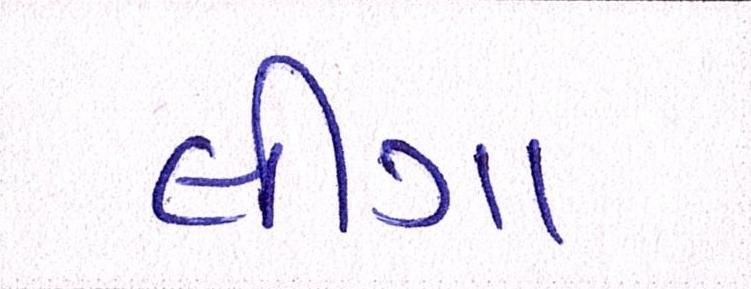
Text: લીગા